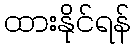
ထားနိုင်ရန်